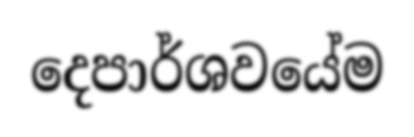
දෙපාර්ශවයේම